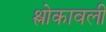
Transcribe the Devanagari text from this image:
श्लोकावली